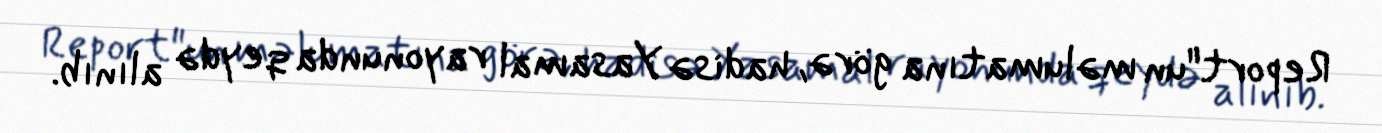
Report"un məlumatına görə, hadisə Yasamal rayonunda qeydə alınıb.